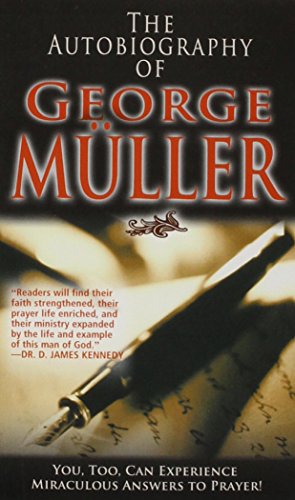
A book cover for The Autobiography Of George Muller; George Muller; Biographies & Memoirs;